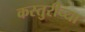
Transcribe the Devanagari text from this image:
कस्तुरीच्या